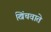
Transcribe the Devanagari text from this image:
खिंचवाते